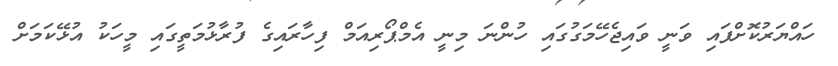
ހައްޔަރުކޮށްފައި ވަނީ ވައިޖެހޭމަގުގައި ހުންނަ މިނީ އެމްޕޯރިއަމް ފިހާރައިގެ ފުރާޅުމަތީގައި މީހަކު އުޅޭކަމަށް